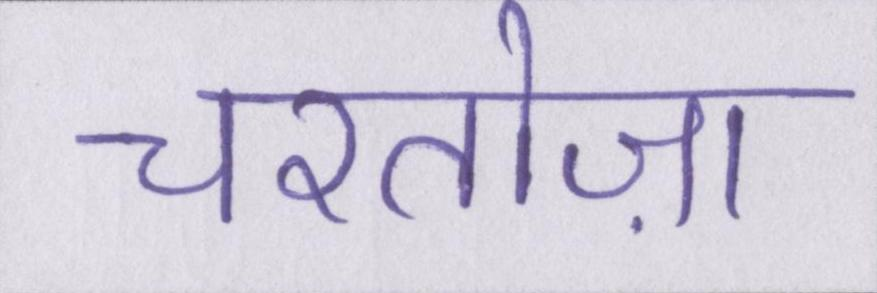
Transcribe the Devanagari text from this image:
चरतोज़ा